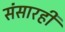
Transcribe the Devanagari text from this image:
संसारही